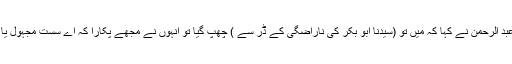
سیدنا عبد الرحمنؓ نے کہا کہ میں تو (سیدنا ابو بکرؓ کی ناراضگی کے ڈر سے ) چھپ گیا تو انہوں نے مجھے پکارا کہ اے سست مجہول یا احمق!